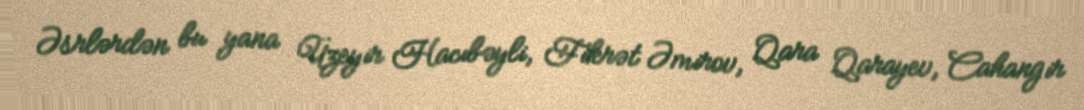
Əsrlərdən bu yana Üzeyir Hacıbəyli, Fikrət Əmirov, Qara Qarayev, Cahangir